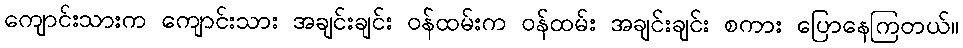
ကျောင်းသားက ကျောင်းသား အချင်းချင်း ဝန်ထမ်းက ဝန်ထမ်း အချင်းချင်း စကား ပြောနေကြတယ်။